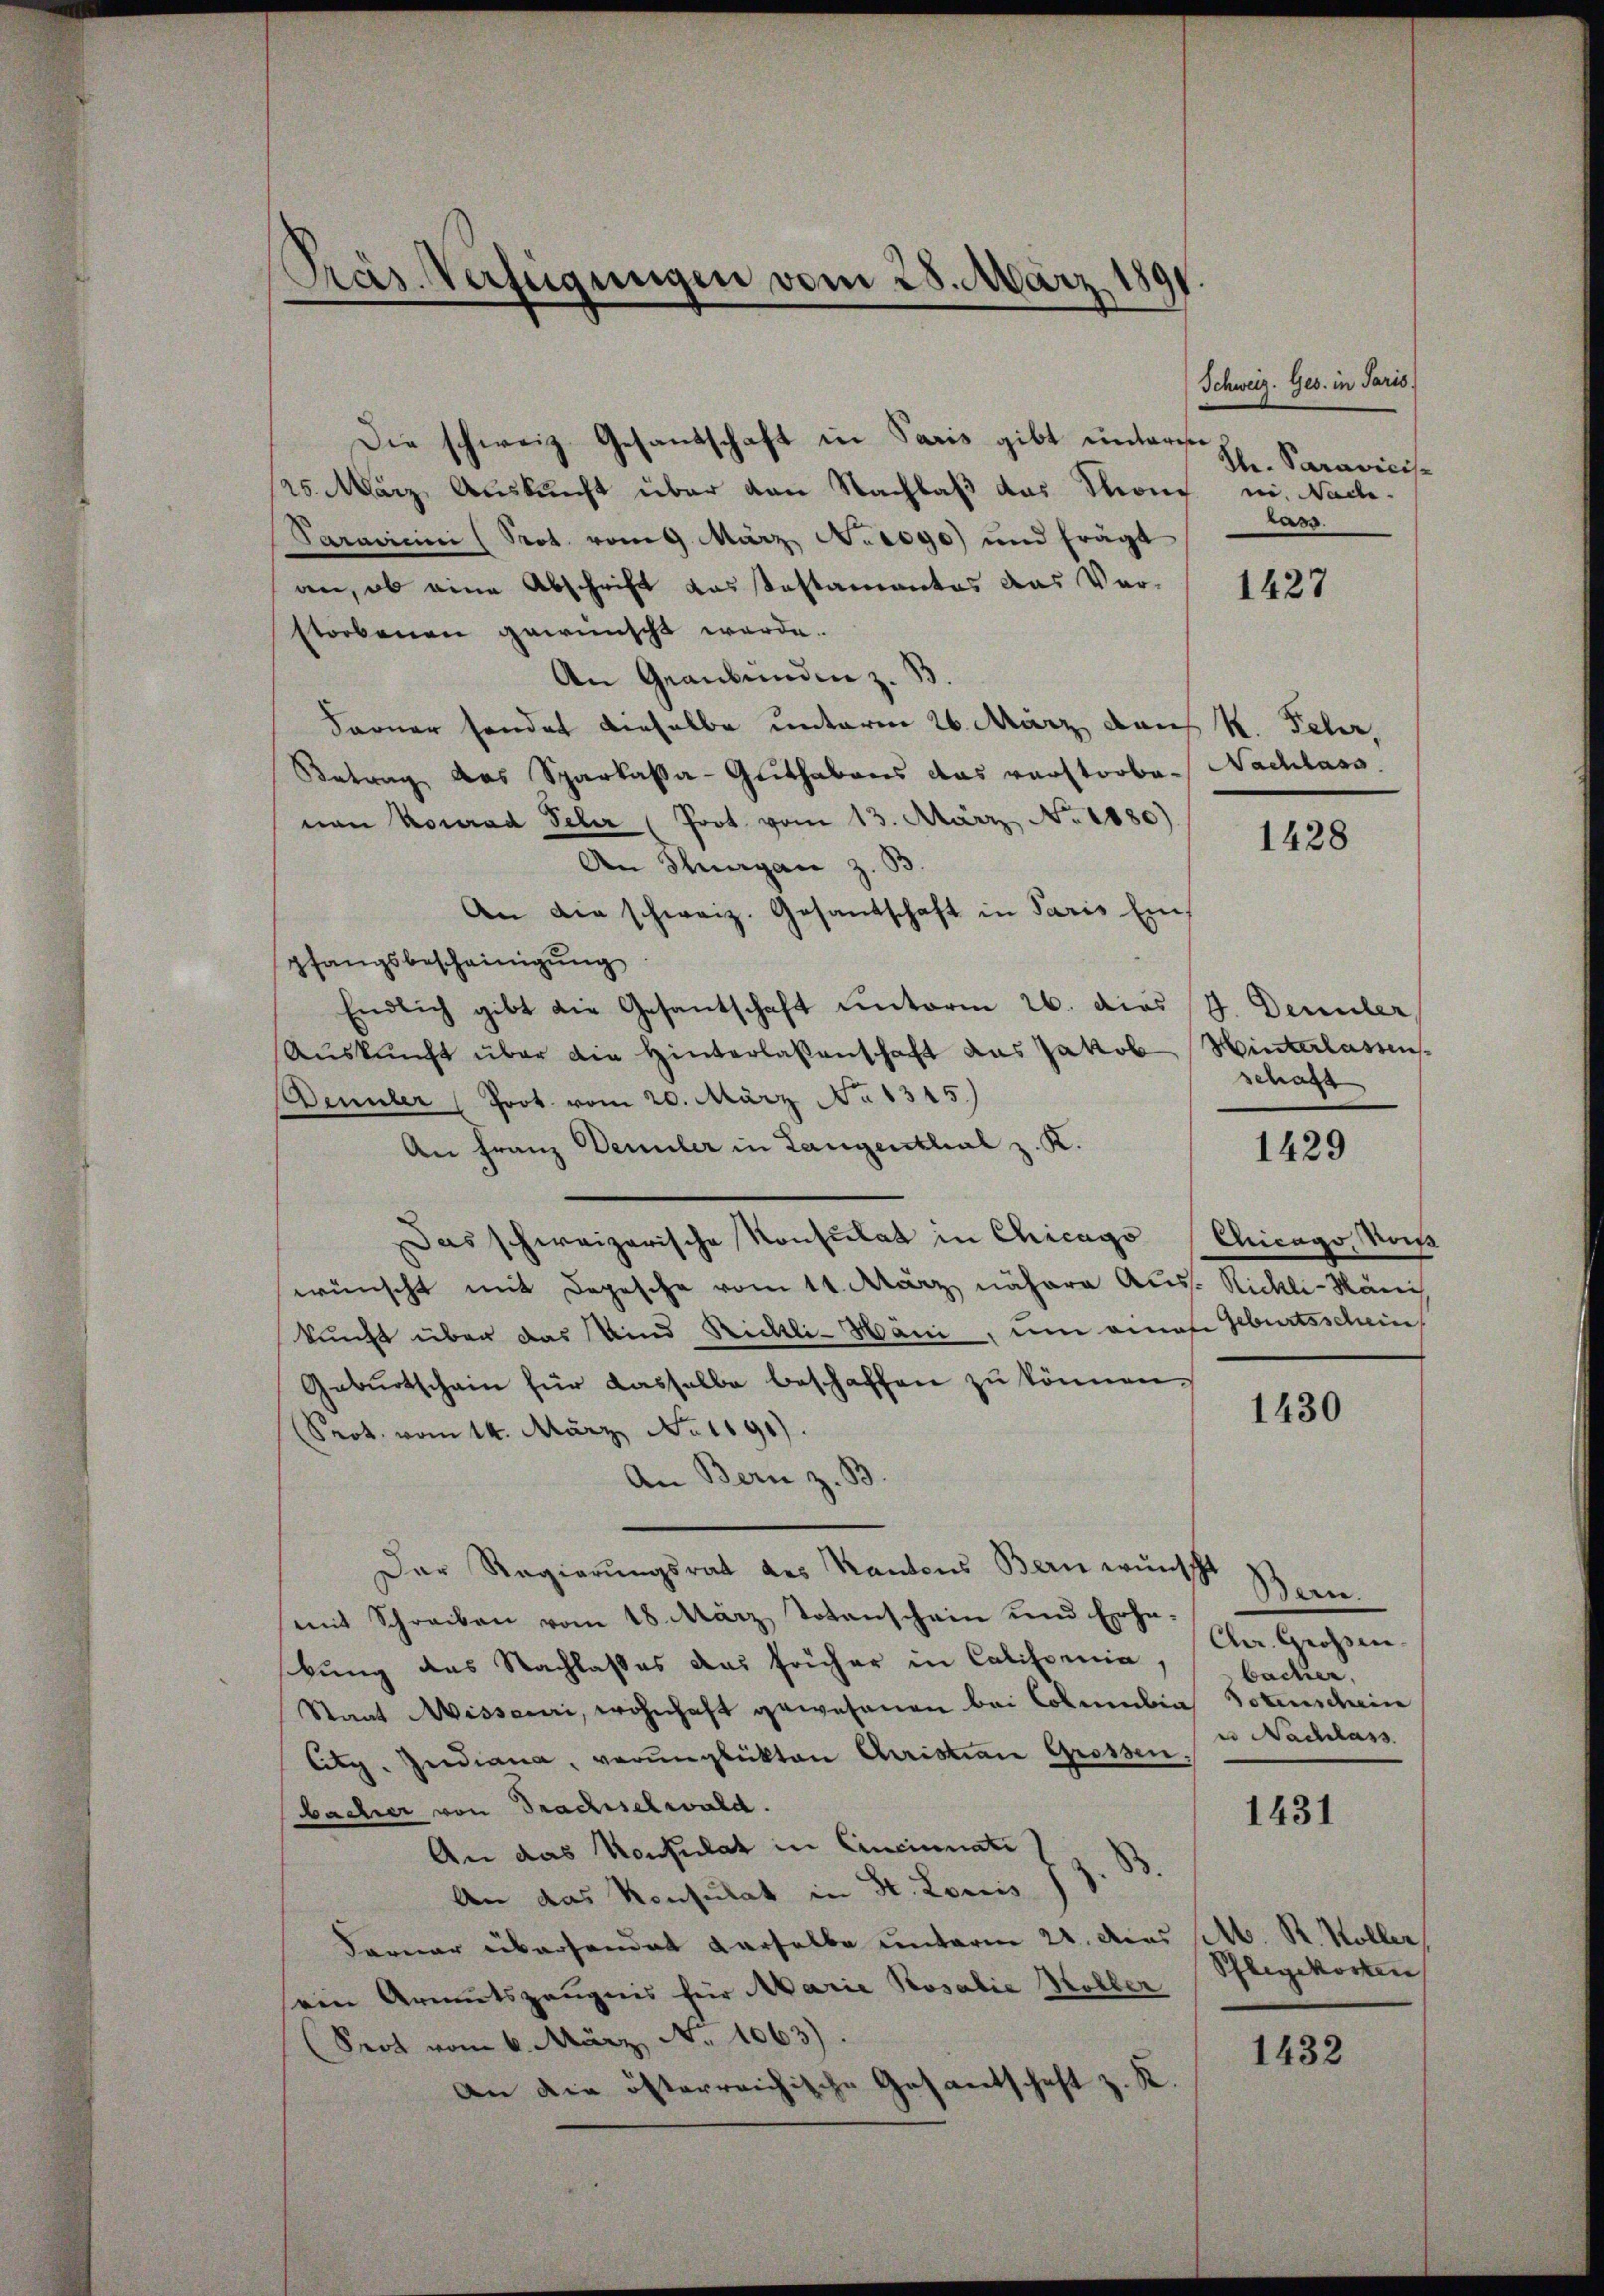
Die schweiz. Gesandschaft in Paris gibt unterse
25. März Auskunft über von Nachlaß das Krons ni. Nach¬
Paravicini (Prot. vom 9. März No 1090) und frägt
an, ob eine Abschrift das astamentes das Verstorbenen gewünscht werde.
An Graubünden z. B
Ferner sondet dieselbe unterm 26. März das K. Fehr,
Betrag des Sparkassa-Guthabens das verstorbe-
nan Konrad Peler (Prot. vom 13. März No. 1880)
An Thurgan z. B.
An die schweiz. Gesantschaft in Paris Einpfangsbescheinigung
Endlich gibt die Gesantschaft ŭnterm 26. dies J. Dennler
Aŭskŭnft über die Hinterlassenschaft das Jakob Hinterlassens
ennler (Prot. vom 20. März No 1315.)
An Franz Demler in Langenthal z. K.
Das schweizerische Konsulat in Chicago
wünscht mit Depesche vom 11. März nähere Auss. Nichli-Mänis
kunft über das Kind Rickli-Häni, um eines Geburtsschein
Geburtschein für dasselbe beschaffen zu können
Srot. vom 14. März No. 1191).
An Bern z. B.
Der Regierungsrat des Kantons Bern wünscht
mit Schreiben vom 18. März Totenschein und Erha¬
Chr. Grossen.
bung des Nachlasses das früher in Calispenia,
backer,
Staat Wisseuri, wohnhaft gewesenen bei Colmubia Totenschein
e Nachlass
litg. Indiana, verunglükten Christian Grossen.
bacher von Trachselwald.
1431
An das Konsulat in Cincinnati
An das Konsulat in St. Lorris J. J. B.
Ferner überhandet derselbe unterm 22. das P. R. Koller
ein Armutszeugnis für Marie Rosalie Koller
(Seot vom 6. März No. 1063).
1432
an die österreichische Gesantschaft z. K.

Pras-Verfügungen vom 28. März 180

Schweiz. Ges. in Paris
Str. Saravicis.
Lass

1427

Nachlass

1428

schaft

1429

Chicago, miß

1430

Pflegekosten

Bern.